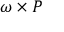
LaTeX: { \boldsymbol { \omega } } \times { \boldsymbol { P } }